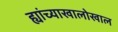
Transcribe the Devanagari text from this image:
ह्यांच्याखालोखाल